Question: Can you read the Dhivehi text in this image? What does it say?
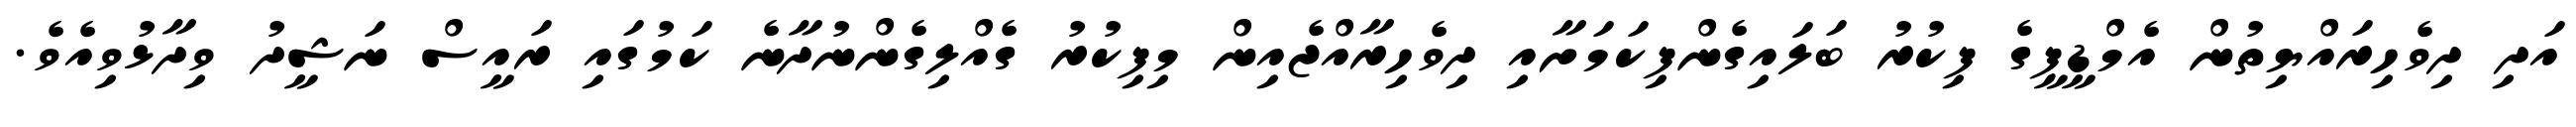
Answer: އަދި ދިވެހިރައްޔިތުން އެމްޑީޕީގެ ފިކުރު ބަލައިގެންފިކަމަށާއި ދިވެހިރާއްޖެއިން މިފިކުރު ގެއްލިގެންނުދާނެ ކަމުގައި ރައީސް ނަޝީދު ވިދާޅުވިއެވެ.